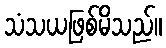
သံသယဖြစ်မိသည်။